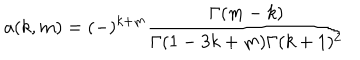
a ( k , m ) = ( - ) ^ { k + m } \frac { \Gamma ( m - k ) } { \Gamma ( 1 - 3 k + m ) \Gamma ( k + 1 ) ^ { 2 } }